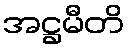
အဋ္ဌမီတိ